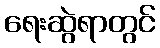
ရေးဆွဲရာတွင်